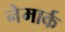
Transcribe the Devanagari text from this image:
नेमार्क